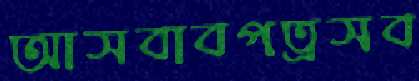
আসবাবপত্রসব